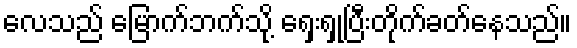
လေသည် မြောက်ဘက်သို့ ရှေးရှုပြီးတိုက်ခတ်နေသည်။